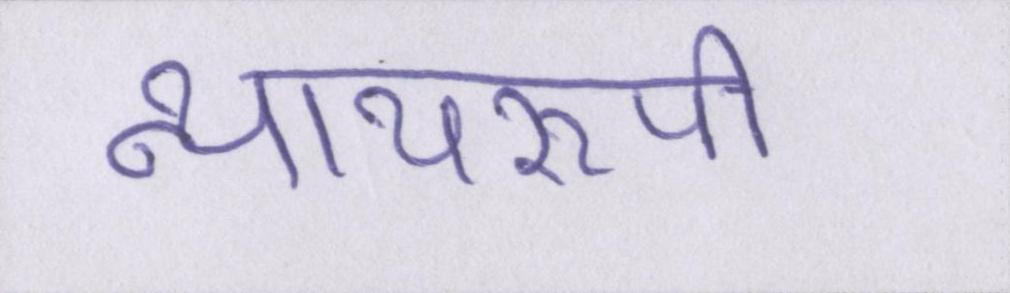
न्यायरूपी